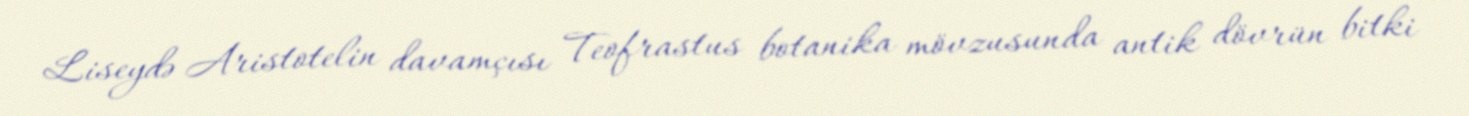
Liseydə Aristotelin davamçısı Teofrastus botanika mövzusunda antik dövrün bitki